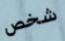
شخص